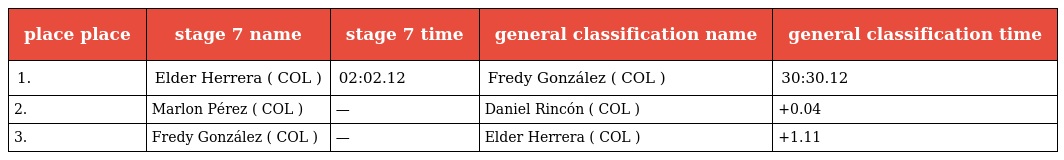
| place place | stage 7 name | stage 7 time | general classification name | general classification time |
 | --- | --- | --- | --- | --- |
 | 1. | Elder Herrera ( COL ) | 02:02.12 | Fredy González ( COL ) | 30:30.12 |
 | 2. | Marlon Pérez ( COL ) | — | Daniel Rincón ( COL ) | +0.04 |
 | 3. | Fredy González ( COL ) | — | Elder Herrera ( COL ) | +1.11 |